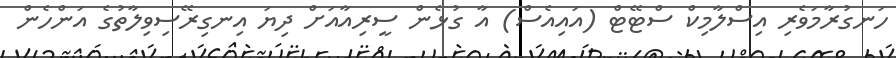
ހަނގުރާމަވެރި އިސްލާމިކް ސްޓޭޓް (އައިއެސް) އާ ގުޅެން ސީރިއާއަށް ދިޔަ އިނގިރޭސިވިލާތުގެ އަންހެން